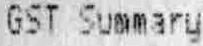
GST SUMMARY